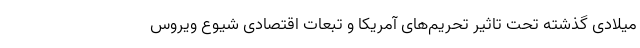
میلادی گذشته تحت تاثیر تحریم‌های آمریکا و تبعات اقتصادی شیوع ویروس